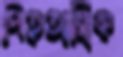
পিতৃতান্ত্রিক